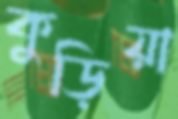
কুড়িয়া